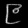
Digit: ၉